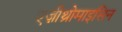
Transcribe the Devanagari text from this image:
एज़ीथ्रोमाइसिन